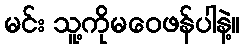
မင်း သူ့ကိုမဝေဖန်ပါနဲ့။